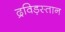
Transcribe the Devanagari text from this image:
द्रविड़स्तान